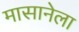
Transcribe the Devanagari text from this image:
मासानेला